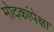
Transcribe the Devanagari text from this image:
मोदकांपेक्षा